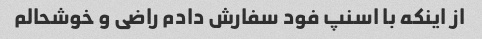
از اینکه با اسنپ فود سفارش دادم راضی و خوشحالم